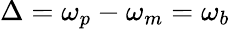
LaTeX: \Delta=\omega_{p}-\omega_{m}=\omega_{b}